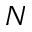
N